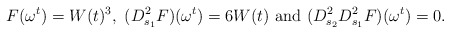
\begin{align*}F(\omega ^{t}) =W(t)^{3},~(D_{s_1}^{2}F)(\omega ^{t}) =6W(t)~\mbox{and}~(D_{s_2}^{2}D_{s_1}^2F)(\omega ^{t})=0.\end{align*}